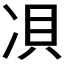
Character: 𱐅